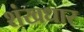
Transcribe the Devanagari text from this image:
शंखधार